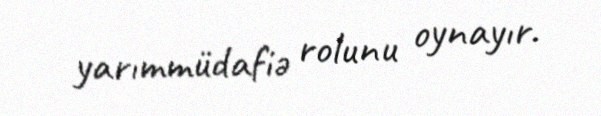
yarımmüdafiə rolunu oynayır.